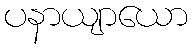
ပနာယျာယော